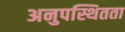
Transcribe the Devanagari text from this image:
अनुपस्थितता